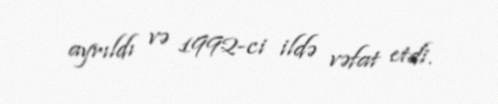
ayrıldı və 1992-ci ildə vəfat etdi.